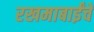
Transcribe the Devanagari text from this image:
रखमाबाईंचे